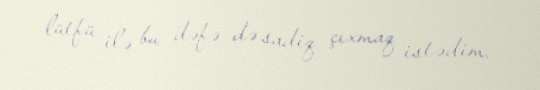
lütfü ilə bu dəfə də sadiq çıxmaq istədim.